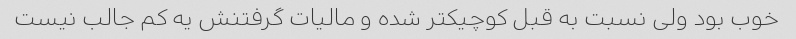
خوب بود ولی نسبت به قبل کوچیکتر شده و مالیات گرفتنش یه کم جالب نیست